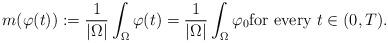
LaTeX: \begin{align*} m(\varphi(t)) := \frac{1}{|\Omega|} \int_{\Omega} \varphi(t) = \frac{1}{|\Omega|} \int_{\Omega} \varphi_0 \textrm{for every $t \in (0,T)$}.\end{align*}